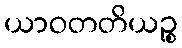
ယာဝတတိယဉ္စ